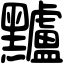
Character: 黸